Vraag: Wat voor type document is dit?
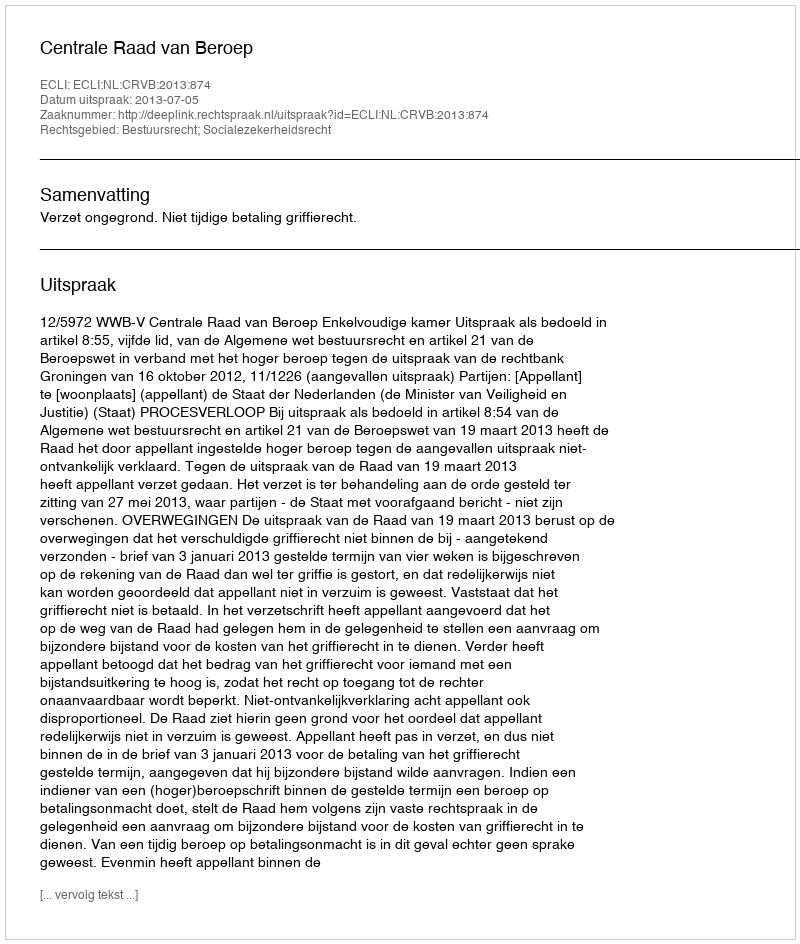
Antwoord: Uitspraak